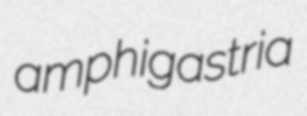
amphigastria